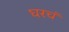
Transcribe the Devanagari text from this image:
घरचं